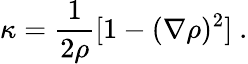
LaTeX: \kappa=\frac{1}{2\rho}[1-(\nabla\rho)^{2}]\ .